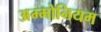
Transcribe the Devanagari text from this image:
अम्मोनियम